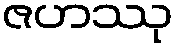
ဇဟဿု